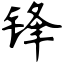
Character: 锋